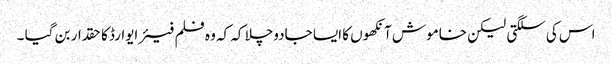
اس کی سلگتی لیکن خاموش آنکھوں کا ایسا جادوچلا کہ کہ وہ فلم فیئر ایوارڈ کا حقدار بن گیا ۔